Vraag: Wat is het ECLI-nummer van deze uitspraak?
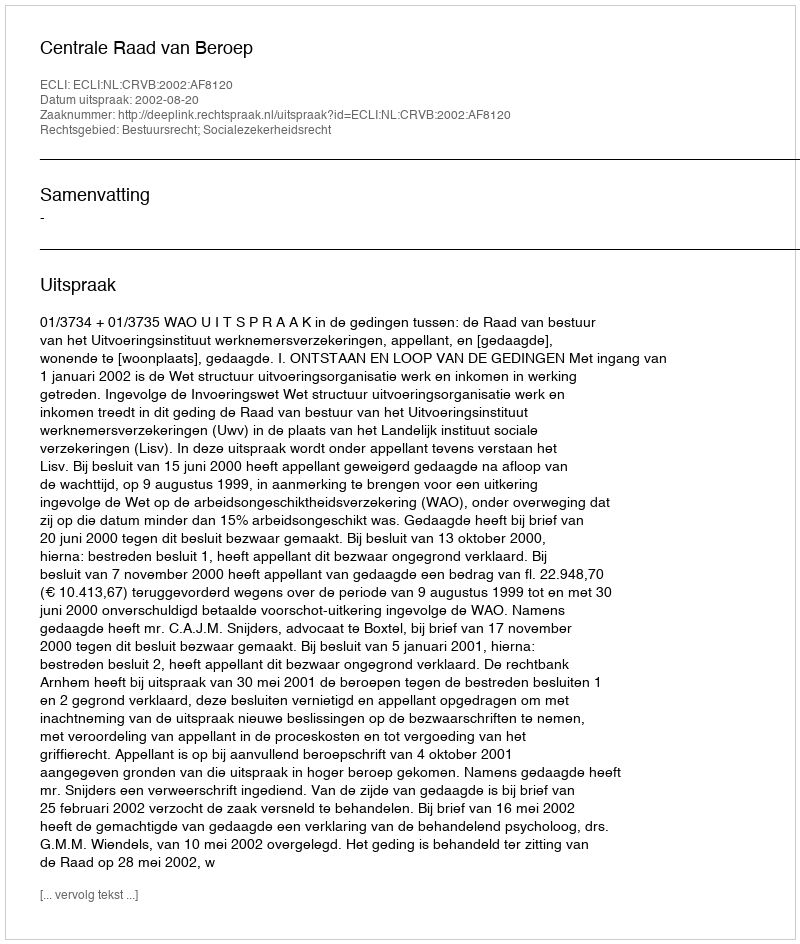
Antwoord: ECLI:NL:CRVB:2002:AF8120